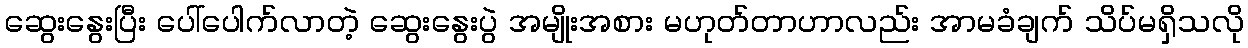
ဆွေးနွေးပြီး ပေါ်ပေါက်လာတဲ့ ဆွေးနွေးပွဲ အမျိုးအစား မဟုတ်တာဟာလည်း အာမခံချက် သိပ်မရှိသလို